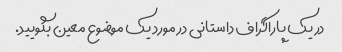
در یک پاراگراف داستانی در مورد یک موضوع معین بگویید.